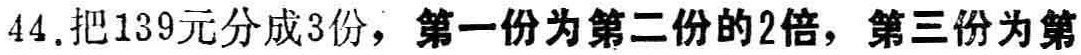
44.把139元分成3份，第一份为第二份的2倍，第三份为第